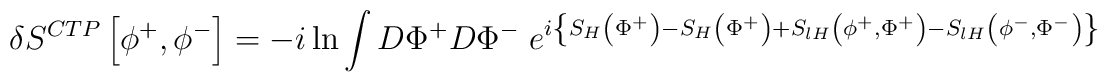
\delta S^{CTP}\left[ \phi ^+,\phi ^-\right] =-i\ln \int D\Phi ^+D\Phi ^-\;e^{i\left\{ S_H\left( \Phi ^+\right) -S_H\left( \Phi ^+\right) +S_{lH}\left(\phi ^+,\Phi ^+\right) -S_{lH}\left( \phi ^-,\Phi ^-\right) \right\} }